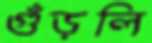
গুঁড়লি